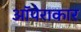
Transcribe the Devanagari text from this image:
ऑपेराकार